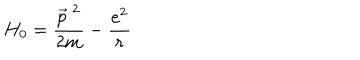
H _ { 0 } = \frac { \vec { p } ^ { ~ 2 } } { 2 m } - \frac { e ^ { 2 } } { r }